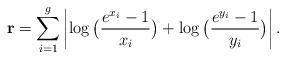
LaTeX: \begin{align*}{\bf r} = \sum_{i=1}^g \left| \log \big( \frac{e^{x_i}-1}{x_i} \big) + \log \big (\frac{e^{y_i}-1}{y_i} \big) \right|.\end{align*}